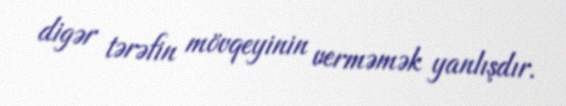
digər tərəfin mövqeyinin verməmək yanlışdır.